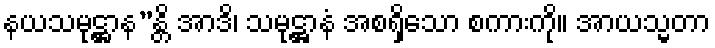
နယသမုဋ္ဌာန”န္တိ အာဒိ၊ သမုဋ္ဌာနံ အစရှိသော စကားကို။ အာယသ္မတာ